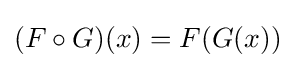
(F\circ G)(x)=F(G(x))